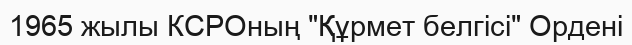
1965 жылы КСРОның "Құрмет белгісі" Ордені